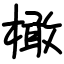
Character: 橄